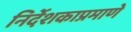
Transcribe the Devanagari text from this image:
निर्देशकाप्रमाणे